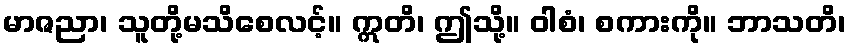
မာဇညာ၊ သူတို့မသိစေလင့်။ ဣတိ၊ ဤသို့။ ဝါစံ၊ စကားကို။ ဘာသတိ၊